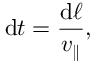
\mathrm { d } t = \frac { \mathrm { d } \ell } { v _ { \parallel } } ,